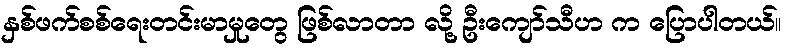
နှစ်ဖက်စစ်ရေးတင်းမာမှုတွေ ဖြစ်လာတာ လို့ ဦးကျော်သီဟ က ပြောပါတယ်။